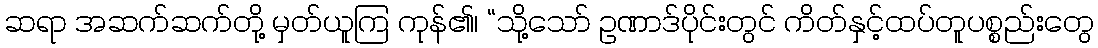
ဆရာ အဆက်ဆက်တို့ မှတ်ယူကြ ကုန်၏၊ “သို့သော် ဥဏာဒ်ပိုင်းတွင် ကိတ်နှင့်ထပ်တူပစ္စည်းတွေ